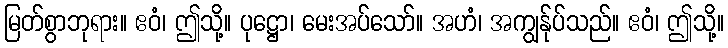
မြတ်စွာဘုရား။ ဧဝံ၊ ဤသို့။ ပုဋ္ဌော၊ မေးအပ်သော်။ အဟံ၊ အကျွန်ုပ်သည်။ ဧဝံ၊ ဤသို့။